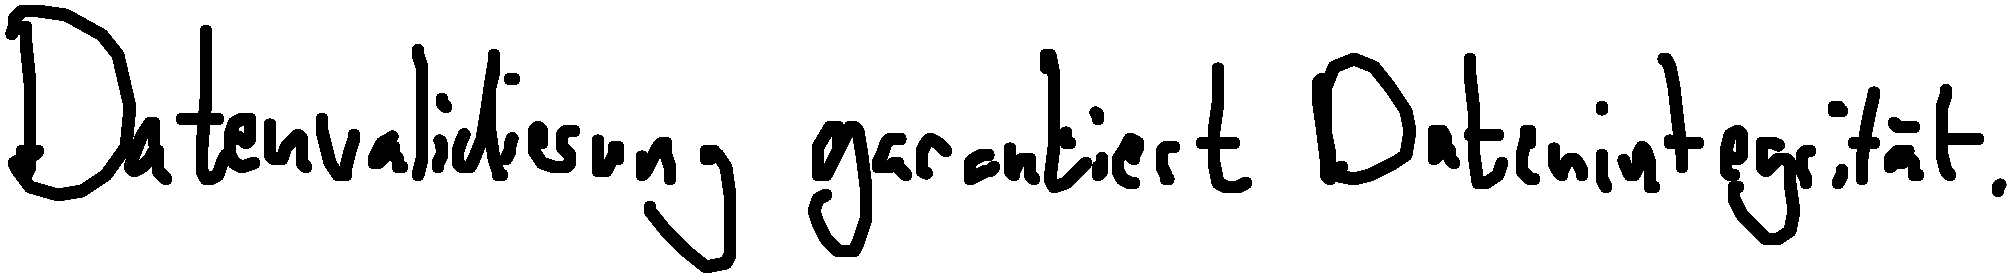
Datenvalidierung garantiert Datenintegrität.